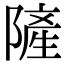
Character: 隡